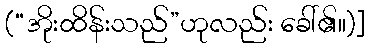
(“အိုးထိန်းသည်”ဟုလည်း ခေါ်၏။)]